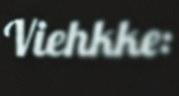
Viehkke: